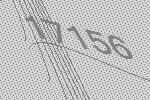
17156